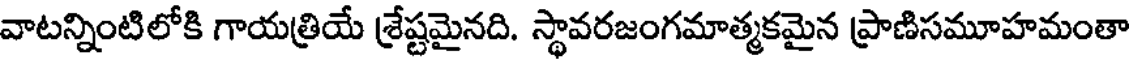
వాటన్నింటిలోకి గాయత్రియే శ్రేష్టమైనది. స్థావరజంగమాత్మకమైన ప్రాణిసమూహమంతా